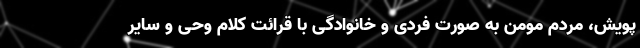
پویش، مردم مومن به صورت فردی و خانوادگی با قرائت کلام وحی و سایر